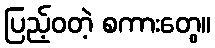
ပြည့်ဝတဲ့ စကားတွေ။